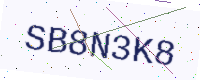
Text: SB8N3K8